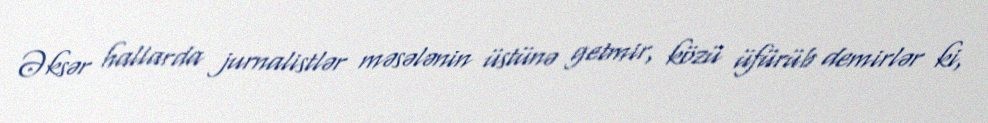
Əksər hallarda jurnalistlər məsələnin üstünə getmir, közü üfürüb demirlər ki,